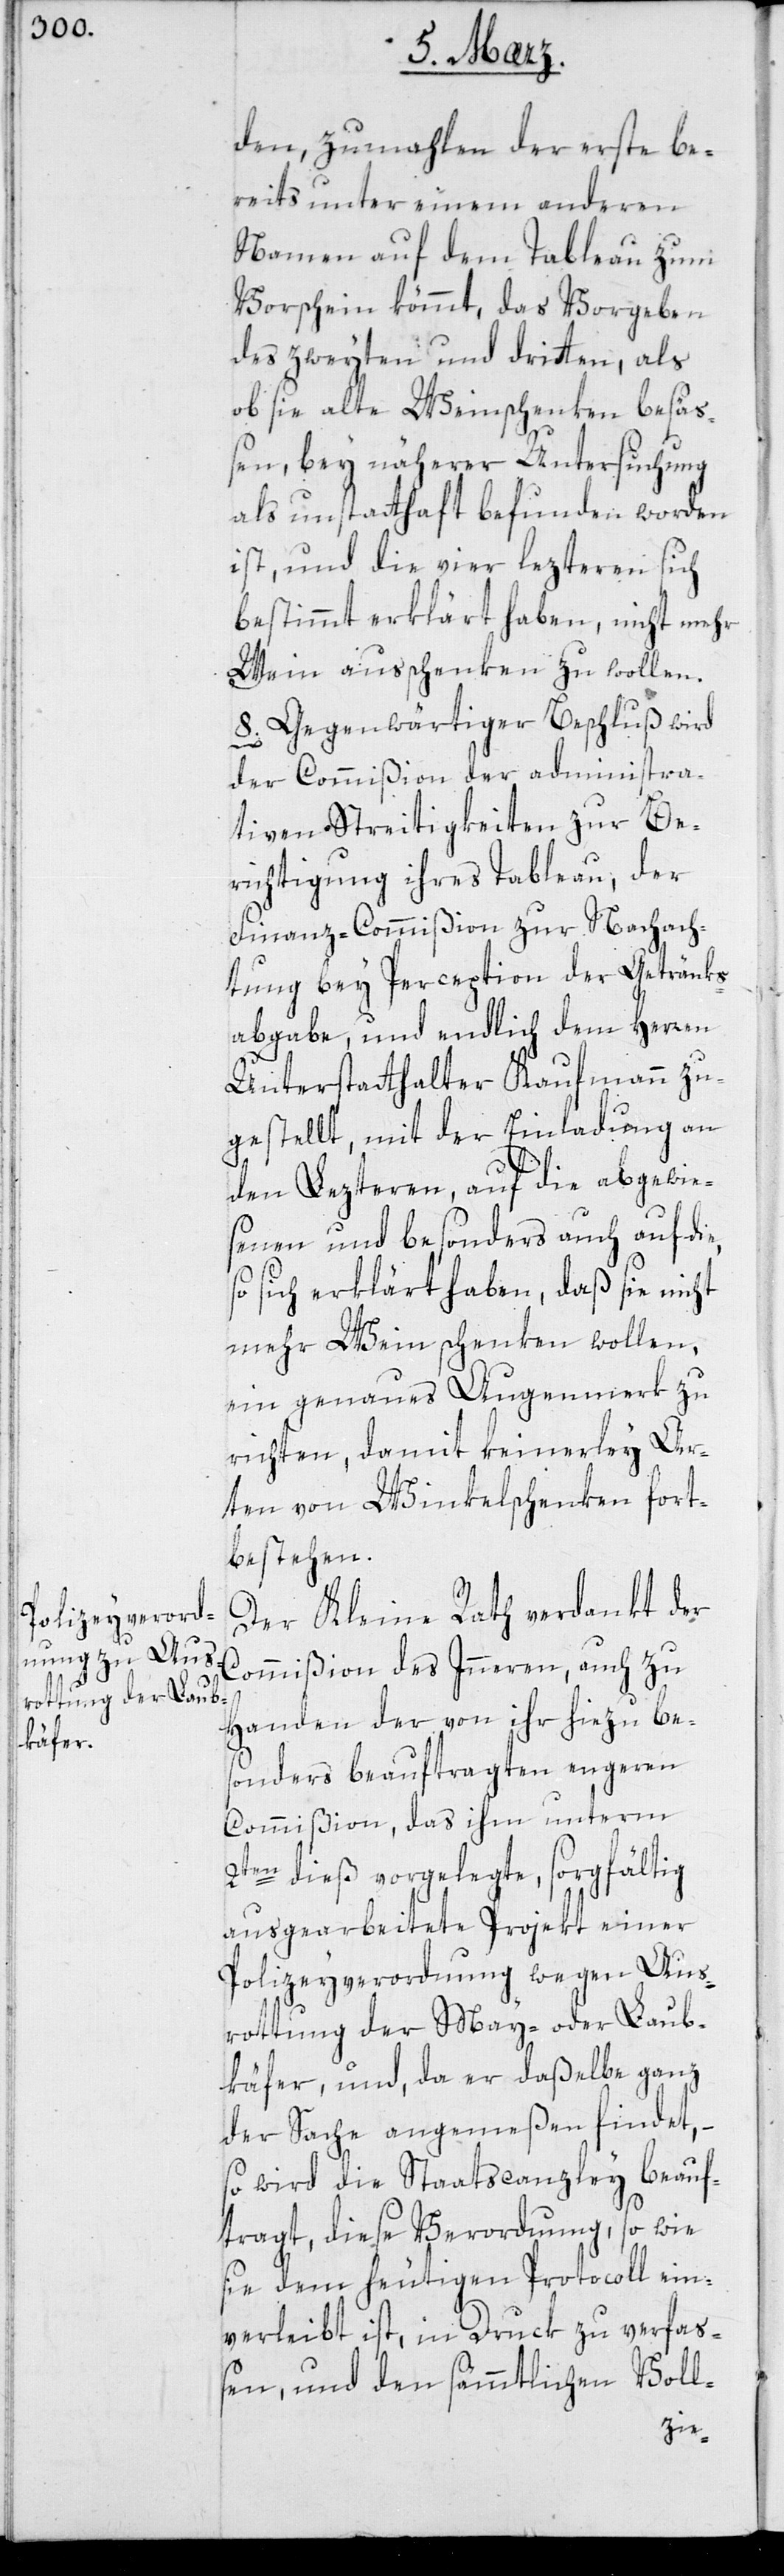
den, zumahlen der erste be¬
reits unter einem anderen
Namen auf dem Tableau zum
Vorschein kömmt, das Vorgeben
des zweyten und dritten, als
ob sie alte Weinschenken besä¬
ßen, bey näherer Untersuchung
als unstatthaft befunden worden
ist, und die vier lezteren sich
bestimmt erklärt haben, nicht mehr
Wein ausschenken zu wollen.
Gegenwärtiger Beschluß wird
der Commißion der administra¬
tiven Streitigkeiten zur Be¬
richtigung ihres Tableau, der
Finanz-Commißion zur Nachach¬
tung bey Perception der Getränks¬
abgabe und endlich dem Herren
Unterstatthalter Kaufmann zu¬
gestellt, mit der Einladung an
den lezteren, auf die abgewie¬
senen und besonders auch auf die,
so sich erklärt haben, daß sie nicht
mehr Wein schenken wollen,
ein genaues Augenmerk zu
richten, damit keinerley Ar¬
ten von Winkelschenken fort¬
bestehen.
Der Kleine Rath verdankt der
Commißion des Innern, auch zu
Handen der von ihr hiezu be¬
sonders beauftragten engeren
Commißion, das ihm unterm
2ten dieß vorgelegte, sorgfältig
ausgearbeitete Projekt einer
Polizeyverordnung wegen Aus¬
rottung der May- oder Laub¬
käfer, und da er daßelbe ganz
der Sache angemeßen findet, –
so wird die Staatscanzley beauf¬
tragt, diese Verordnung, so wie
sie dem heutigen Protocoll ein¬
verleibt ist, in Druck zu verfaß¬
en, und den sämmtlichen Voll-